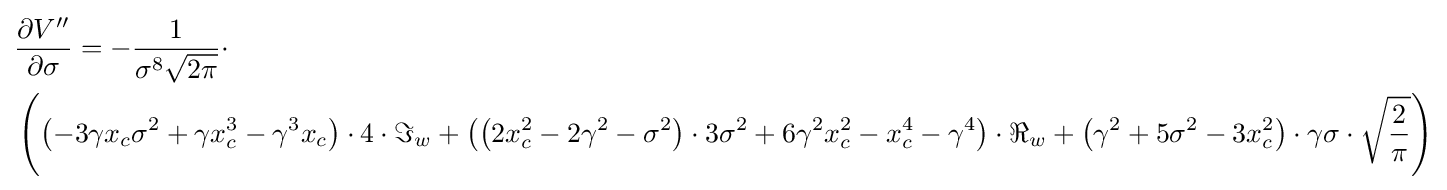
{\begin{aligned}&{\frac {\partial V''}{\partial \sigma }}=-{\frac {1}{\sigma ^{8}{\sqrt {2\pi }}}}\cdot \\&\left(\left(-3\gamma x_{c}\sigma ^{2}+\gamma x_{c}^{3}-\gamma ^{3}x_{c}\right)\cdot 4\cdot \Im _{w}+\left(\left(2x_{c}^{2}-2\gamma ^{2}-\sigma ^{2}\right)\cdot 3\sigma ^{2}+6\gamma ^{2}x_{c}^{2}-x_{c}^{4}-\gamma ^{4}\right)\cdot \Re _{w}+\left(\gamma ^{2}+5\sigma ^{2}-3x_{c}^{2}\right)\cdot \gamma \sigma \cdot {\sqrt {\frac {2}{\pi }}}\right)\end{aligned}}